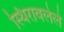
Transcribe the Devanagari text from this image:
स्थिरावलेले